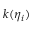
k ( \eta _ { i } )